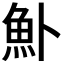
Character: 𬵂